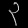
Digit: ၃